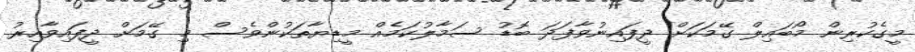
މީގެކުރިން މޯބައިލް ގޭމަކަށް ދީފައިނުވާފަދަ ބޮޑު ސަމާލުކަމެއް މީޑިޔާތަކުންވެސް މި ގޭމަށް ދީފައިވާއިރު